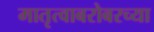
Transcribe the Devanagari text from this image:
मातृत्वाबरोबरच्या